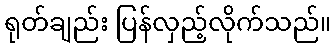
ရုတ်ချည်း ပြန်လှည့်လိုက်သည်။